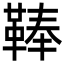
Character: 䩬